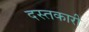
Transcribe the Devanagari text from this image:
दस्‍तकारी